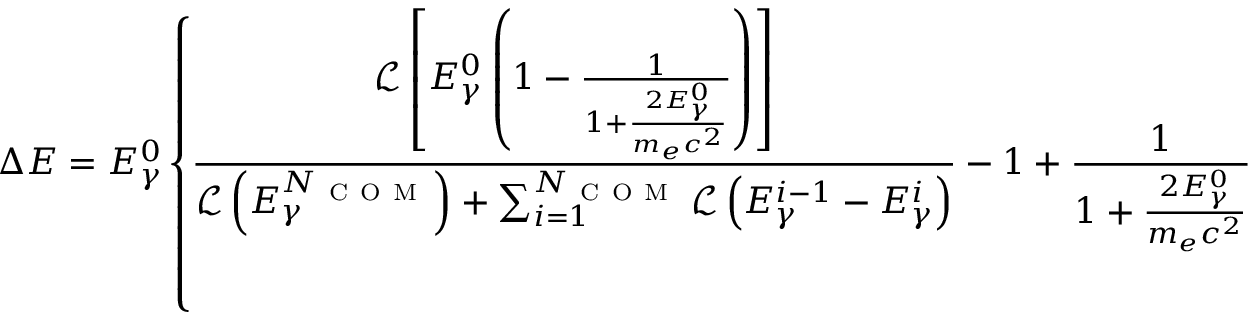
\Delta E = E _ { \gamma } ^ { 0 } \left\{ \frac { \mathcal { L } \left[ E _ { \gamma } ^ { 0 } \left( 1 - \frac { 1 } { 1 + \frac { 2 E _ { \gamma } ^ { 0 } } { m _ { e } c ^ { 2 } } } \right) \right] } { \mathcal { L } \left( E _ { \gamma } ^ { N _ { \mathrm { ~ C ~ O ~ M ~ } } } \right) + \sum _ { i = 1 } ^ { N _ { \mathrm { ~ C ~ O ~ M ~ } } } \mathcal { L } \left( E _ { \gamma } ^ { i - 1 } - E _ { \gamma } ^ { i } \right) } - 1 + \frac { 1 } { 1 + \frac { 2 E _ { \gamma } ^ { 0 } } { m _ { e } c ^ { 2 } } } \right\}